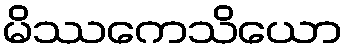
မိဿကေသိယော